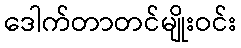
ဒေါက်တာတင်မျိုးဝင်း